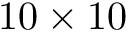
1 0 \times 1 0